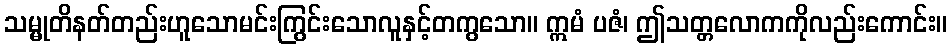
သမ္မုတိနတ်တည်းဟူသောမင်းကြွင်းသောလူနှင့်တကွသော။ ဣမံ ပဇံ၊ ဤသတ္တလောကကိုလည်းကောင်း။